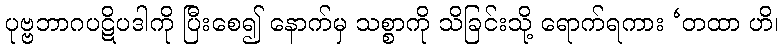
ပုဗ္ဗဘာဂပဋိပဒါကို ပြီးစေ၍ နောက်မှ သစ္စာကို သိခြင်းသို့ ရောက်ရကား ‘တထာ ဟိ၊